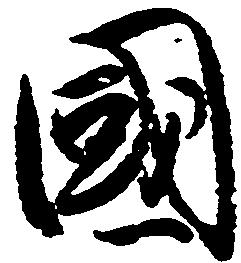
国